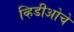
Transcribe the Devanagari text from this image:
व्हिडीओचे